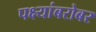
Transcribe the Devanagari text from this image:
पक्ष्यांबरोबर